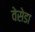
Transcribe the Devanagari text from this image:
वेसेडा